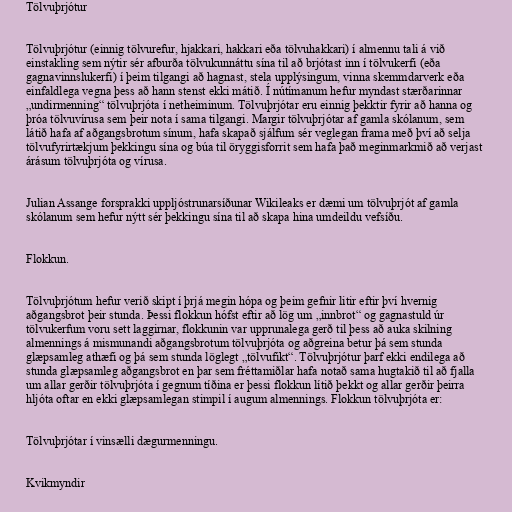
Tölvuþrjótur

Tölvuþrjótur (einnig tölvurefur, hjakkari, hakkari eða tölvuhakkari) í almennu tali á við
einstakling sem nýtir sér afburða tölvukunnáttu sína til að brjótast inn í tölvukerfi (eða
gagnavinnslukerfi) í þeim tilgangi að hagnast, stela upplýsingum, vinna skemmdarverk eða
einfaldlega vegna þess að hann stenst ekki mátið. Í nútímanum hefur myndast stærðarinnar
„undirmenning“ tölvuþrjóta í netheiminum. Tölvuþrjótar eru einnig þekktir fyrir að hanna og
þróa tölvuvírusa sem þeir nota í sama tilgangi. Margir tölvuþrjótar af gamla skólanum, sem
látið hafa af aðgangsbrotum sínum, hafa skapað sjálfum sér veglegan frama með því að selja
tölvufyrirtækjum þekkingu sína og búa til öryggisforrit sem hafa það meginmarkmið að verjast
árásum tölvuþrjóta og vírusa.

Julian Assange forsprakki uppljóstrunarsíðunar Wikileaks er dæmi um tölvuþrjót af gamla
skólanum sem hefur nýtt sér þekkingu sína til að skapa hina umdeildu vefsíðu.

Flokkun.

Tölvuþrjótum hefur verið skipt í þrjá megin hópa og þeim gefnir litir eftir því hvernig
aðgangsbrot þeir stunda. Þessi flokkun hófst eftir að lög um „innbrot“ og gagnastuld úr
tölvukerfum voru sett laggirnar, flokkunin var upprunalega gerð til þess að auka skilning
almennings á mismunandi aðgangsbrotum tölvuþrjóta og aðgreina betur þá sem stunda
glæpsamleg athæfi og þá sem stunda löglegt „tölvufikt“. Tölvuþrjótur þarf ekki endilega að
stunda glæpsamleg aðgangsbrot en þar sem fréttamiðlar hafa notað sama hugtakið til að fjalla
um allar gerðir tölvuþrjóta í gegnum tíðina er þessi flokkun lítið þekkt og allar gerðir þeirra
hljóta oftar en ekki glæpsamlegan stimpil í augum almennings. Flokkun tölvuþrjóta er:

Tölvuþrjótar í vinsælli dægurmenningu.

Kvikmyndir